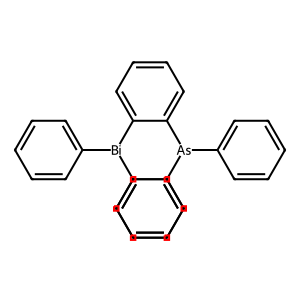
SMILES: c1ccc([As](c2ccccc2)c2ccccc2[Bi](c2ccccc2)c2ccccc2)cc1
Inhibits HIV replication: No